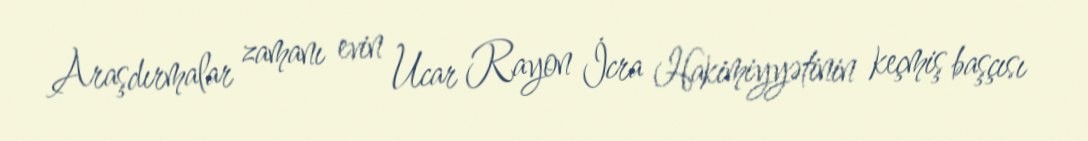
Araşdırmalar zamanı evin Ucar Rayon İcra Hakimiyyətinin keçmiş başçısı